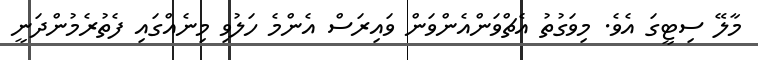
މާލޭ ސިޓީގަ އެވެ. މިވަގުތު އެޗްވަންއެންވަން ވައިރަސް އެންމެ ހަލުވި މިނެއްގައި ފެތުރެމުންދަނީ